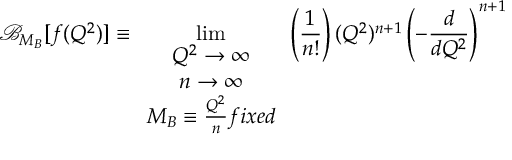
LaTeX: { \mathcal { B } } _ { M _ { B } } [ f ( Q ^ { 2 } ) ] \equiv \operatorname * { l i m } _ { \begin{array} { c } { { Q ^ { 2 } \rightarrow \infty } } \\ { { n \rightarrow \infty } } \\ { { M _ { B } \equiv \frac { Q ^ { 2 } } { n } f i x e d } } \end{array} } \left( \frac { 1 } { n ! } \right) ( Q ^ { 2 } ) ^ { n + 1 } \left( - \frac { d } { d { Q ^ { 2 } } } \right) ^ { n + 1 }